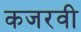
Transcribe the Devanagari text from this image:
कजरवी